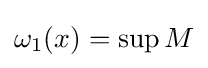
\omega _{1}(x)=\sup M